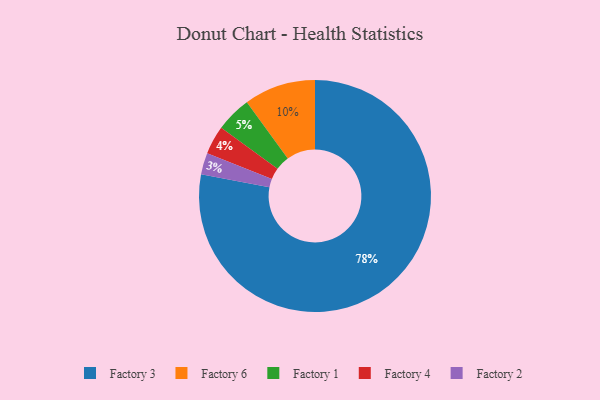
{"axis": {"x": "Category", "y": "Percentage"}, "legend": ["Factory 1", "Factory 2", "Factory 3", "Factory 4", "Factory 6"], "data": [{"x": "Factory 4", "y": 4, "type": "Factory 4"}, {"x": "Factory 6", "y": 10, "type": "Factory 6"}, {"x": "Factory 2", "y": 3, "type": "Factory 2"}, {"x": "Factory 1", "y": 5, "type": "Factory 1"}, {"x": "Factory 3", "y": 78, "type": "Factory 3"}]}